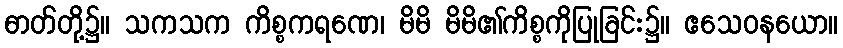
ဓာတ်တို့၌။ သကသက ကိစ္စကရဏေ၊ မိမိ မိမိ၏ကိစ္စကိုပြုခြင်း၌။ ဧသေဝနယော။